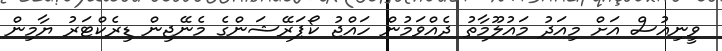
ވީނިއުސް އަށް މިއަދު މައުލޫމާތު ދެއްވަމުން ހައްޖު ކޯޕަރޭޝަންގެ މެނޭޖިން ޑިރެކްޓަރު ޔާމިން